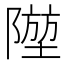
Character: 𨼁